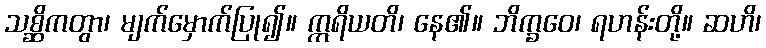
သစ္ဆိကတွာ၊ မျက်မှောက်ပြု၍။ ဣရိယတိ၊ နေ၏။ ဘိက္ခဝေ၊ ရဟန်းတို့။ ဆဟိ၊